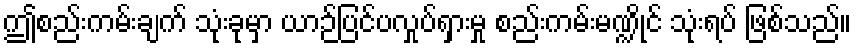
ဤစည်းကမ်းချက် သုံးခုမှာ ယာဉ်ပြင်ပလှုပ်ရှားမှု စည်းကမ်းမဏ္ဍိုင် သုံးရပ် ဖြစ်သည်။